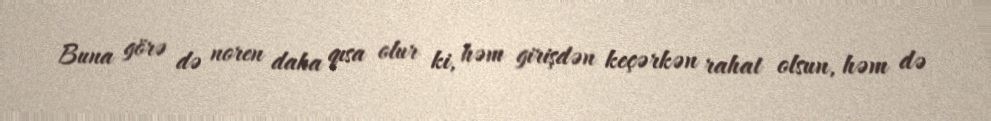
Buna görə də noren daha qısa olur ki, həm girişdən keçərkən rahat olsun, həm də